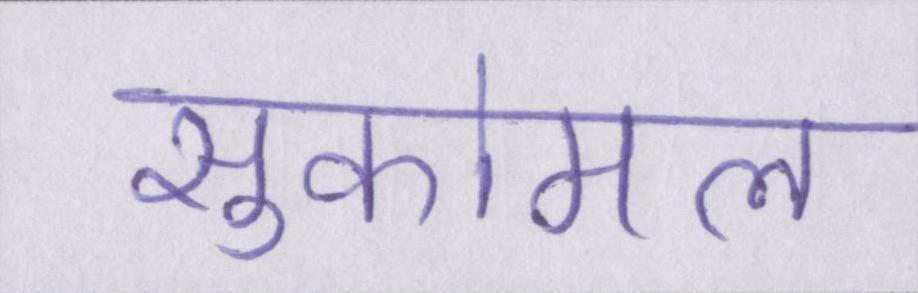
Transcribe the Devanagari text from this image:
सुकोमल